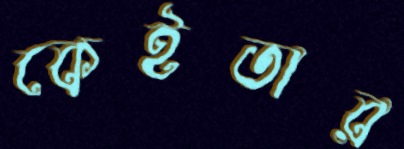
কেইতার